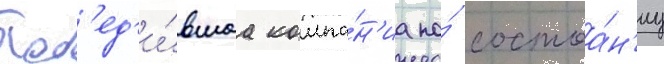
Поб'ед'и́вшаа компа́н'иа по́ состоа́н'иу